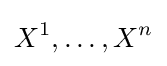
X^{1},\ldots ,X^{n}